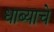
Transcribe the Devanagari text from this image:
धाब्याचे